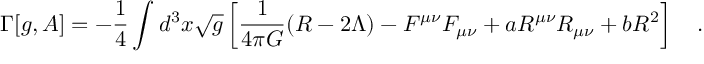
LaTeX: \Gamma [ g , A ] = - \frac 1 4 \int d ^ { 3 } x \sqrt { g } \left[ { \frac { 1 } { 4 \pi G } } ( R - 2 \Lambda ) - F ^ { \mu \nu } F _ { \mu \nu } + a R ^ { \mu \nu } R _ { \mu \nu } + b R ^ { 2 } \right] ~ ~ ~ .